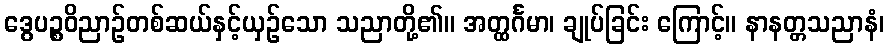
ဒွေပဉ္စဝိညာဉ်တစ်ဆယ်နှင့်ယှဉ်သော သညာတို့၏။ အတ္ထင်္ဂမာ၊ ချုပ်ခြင်း ကြောင့်။ နာနတ္တသညာနံ၊